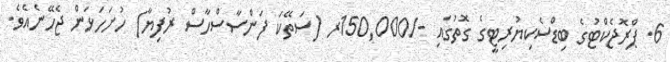
6. ޕްރޮޖެކްޓުގެ ބިޑްސެކިޔުރިޓީގެ ގޮތުގައި -/150